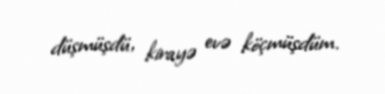
düşmüşdü, kirayə evə köçmüşdüm.